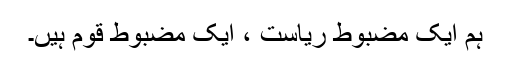
ہم ایک مضبوط ریاست ، ایک مضبوط قوم ہیں۔